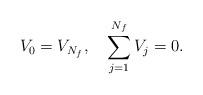
LaTeX: \begin{align*}V_0=V_{N_f},\quad \sum_{j=1}^{N_f} V_j=0.\end{align*}